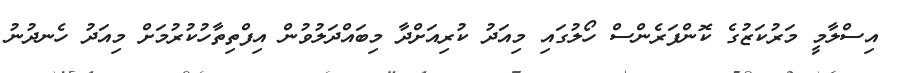
އިސްލާމީ މަރުކަޒުގެ ކޮންފަރެންސް ހޯލުގައި މިއަދު ކުރިއަށްދާ މިބައްދަލުވުން އިފްތިތާހުކުރުމަށް މިއަދު ހެނދުނު